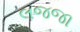
લજજા